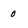
Character: 0